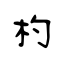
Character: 杓